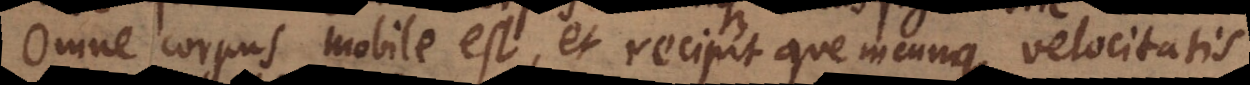
Omne corpus mobile est, et recipit quemcunque velocitatis